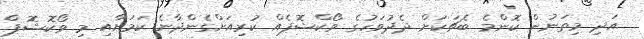
އަދި މިތަނުން ކޮންމެ ބެޗަކަށް ދެދުވަހުގެ ވޯކްޝޮޕެއް ކުރިއަށްގެންދާނެ ކަމަށާއި މި ވޯކޮޝޮޕް